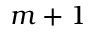
m + 1